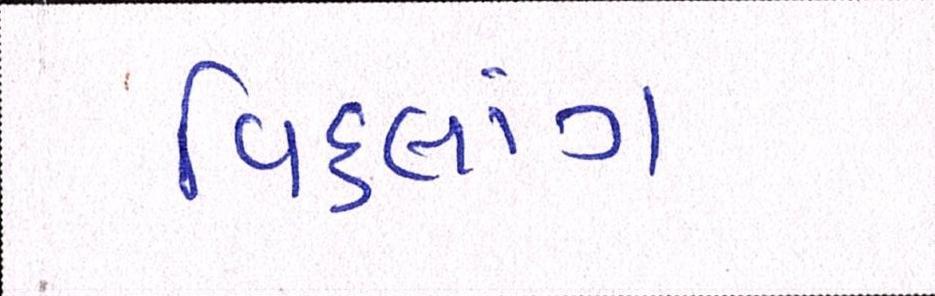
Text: વિકલાંગ